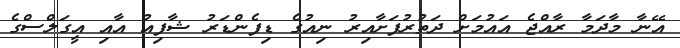
އޭނާ މާދަމާ ރާއްޖެ އައުމަށް ދަތުރުފަށާއިރު ނިއުގެ ޑިފެންޑަރު ޝާފިއު އާއި އީގަލްސްގެ